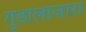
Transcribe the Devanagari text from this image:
गुडालाजारा